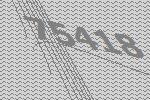
75418